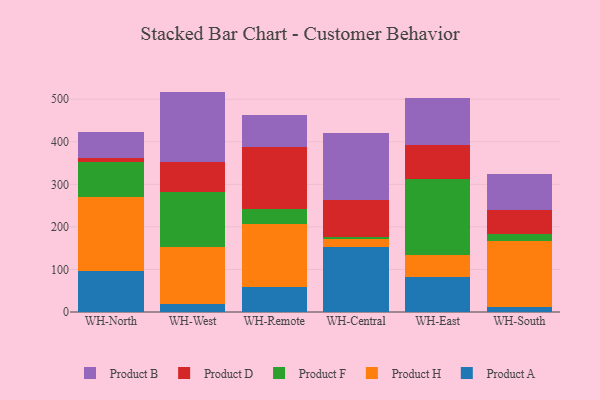
{"axis": {"x": "Warehouse", "y": "Inventory Turnover"}, "legend": ["Product A", "Product B", "Product D", "Product F", "Product H"], "data": [{"x": "WH-North", "y": 96.5, "type": "Product A"}, {"x": "WH-North", "y": 174.4, "type": "Product H"}, {"x": "WH-North", "y": 80.6, "type": "Product F"}, {"x": "WH-North", "y": 10.2, "type": "Product D"}, {"x": "WH-North", "y": 62.2, "type": "Product B"}, {"x": "WH-West", "y": 18.7, "type": "Product A"}, {"x": "WH-West", "y": 135.2, "type": "Product H"}, {"x": "WH-West", "y": 129.2, "type": "Product F"}, {"x": "WH-West", "y": 69.8, "type": "Product D"}, {"x": "WH-West", "y": 165.0, "type": "Product B"}, {"x": "WH-Remote", "y": 57.9, "type": "Product A"}, {"x": "WH-Remote", "y": 148.7, "type": "Product H"}, {"x": "WH-Remote", "y": 34.3, "type": "Product F"}, {"x": "WH-Remote", "y": 147.0, "type": "Product D"}, {"x": "WH-Remote", "y": 74.9, "type": "Product B"}, {"x": "WH-Central", "y": 151.6, "type": "Product A"}, {"x": "WH-Central", "y": 18.9, "type": "Product H"}, {"x": "WH-Central", "y": 6.2, "type": "Product F"}, {"x": "WH-Central", "y": 85.7, "type": "Product D"}, {"x": "WH-Central", "y": 158.9, "type": "Product B"}, {"x": "WH-East", "y": 82.3, "type": "Product A"}, {"x": "WH-East", "y": 50.9, "type": "Product H"}, {"x": "WH-East", "y": 178.7, "type": "Product F"}, {"x": "WH-East", "y": 80.7, "type": "Product D"}, {"x": "WH-East", "y": 111.4, "type": "Product B"}, {"x": "WH-South", "y": 10.9, "type": "Product A"}, {"x": "WH-South", "y": 155.2, "type": "Product H"}, {"x": "WH-South", "y": 17.1, "type": "Product F"}, {"x": "WH-South", "y": 57.1, "type": "Product D"}, {"x": "WH-South", "y": 83.1, "type": "Product B"}]}